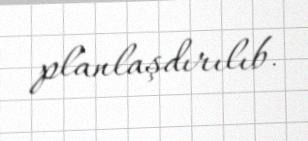
planlaşdırılıb.